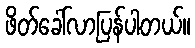
ဖိတ်ခေါ်လာပြန်ပါတယ်။